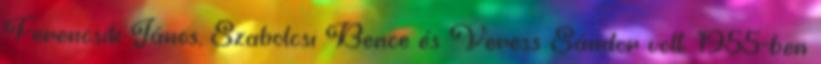
Ferencsik János, Szabolcsi Bence és Veress Sándor volt. 1955-ben